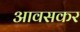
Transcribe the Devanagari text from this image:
आवसकर